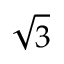
\sqrt 3